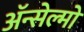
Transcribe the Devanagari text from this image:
ॲन्सेल्मो